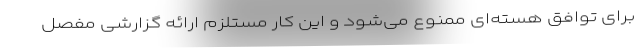
برای توافق هسته‌ای ممنوع می‌شود و این کار مستلزم ارائه گزارشی مفصل